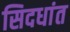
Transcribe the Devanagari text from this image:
सिदधांत